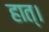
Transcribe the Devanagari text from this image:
हात्।